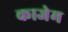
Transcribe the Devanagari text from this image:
काजेम